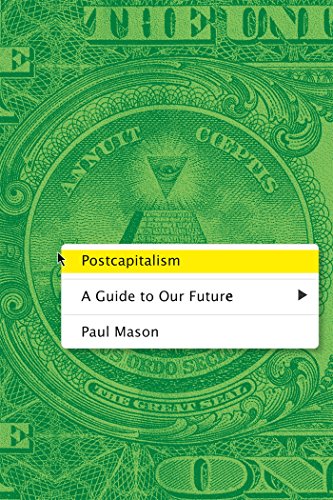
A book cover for Postcapitalism: A Guide to Our Future; Paul Mason; Business & Money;